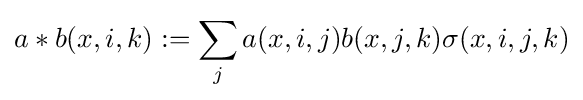
a*b(x,i,k):=\sum _{j}a(x,i,j)b(x,j,k)\sigma (x,i,j,k)